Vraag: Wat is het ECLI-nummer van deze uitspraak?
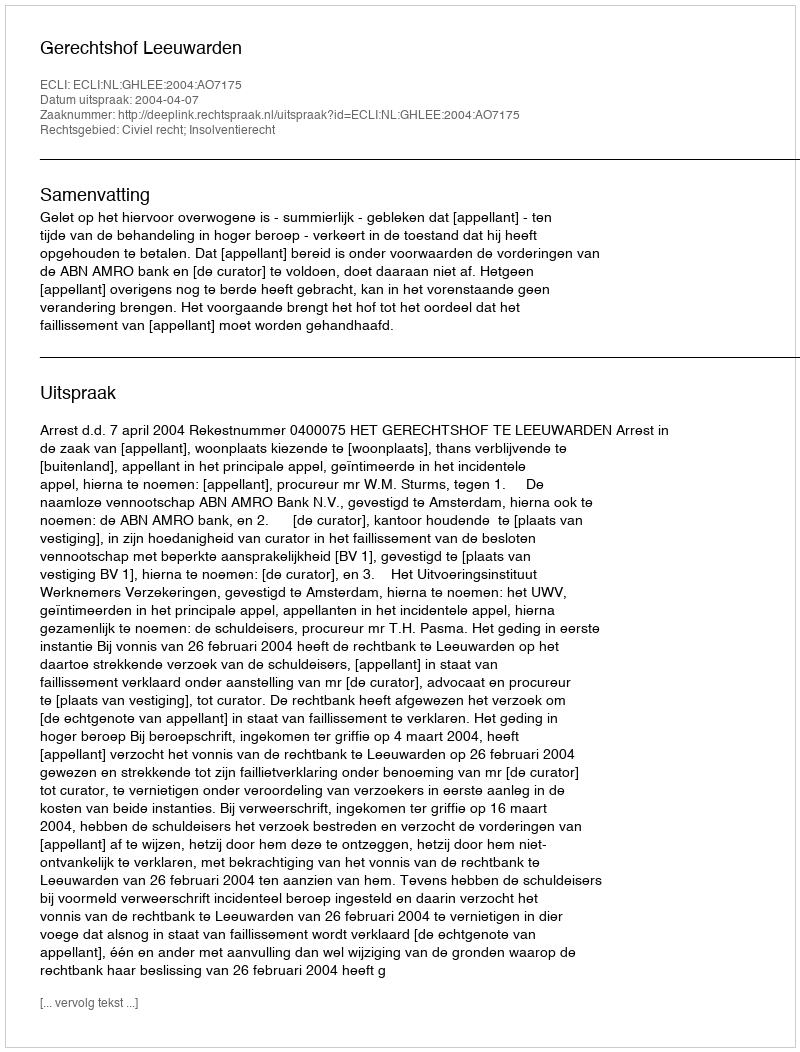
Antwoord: ECLI:NL:GHLEE:2004:AO7175